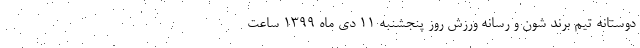
دوستانه تیم برند شون و رسانه ورزش روز پنجشنبه 11 دی ماه 1399 ساعت